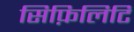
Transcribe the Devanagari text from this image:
सिफ़िलिटि